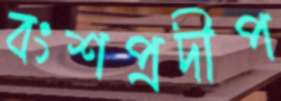
বংশপ্রদীপ